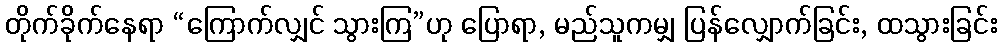
တိုက်ခိုက်နေရာ “ကြောက်လျှင် သွားကြ”ဟု ပြောရာ, မည်သူကမျှ ပြန်လျှောက်ခြင်း, ထသွားခြင်း